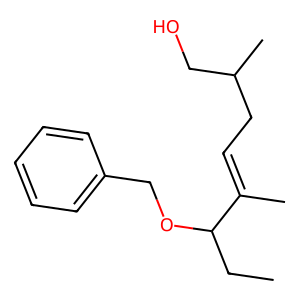
SMILES: CCC(OCc1ccccc1)C(C)=CCC(C)CO
Inhibits HIV replication: No